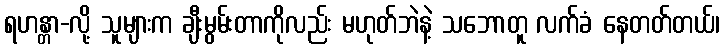
ရဟန္တာ-လို့ သူများက ချီးမွမ်းတာကိုလည်း မဟုတ်ဘဲနဲ့ သဘောတူ လက်ခံ နေတတ်တယ်၊